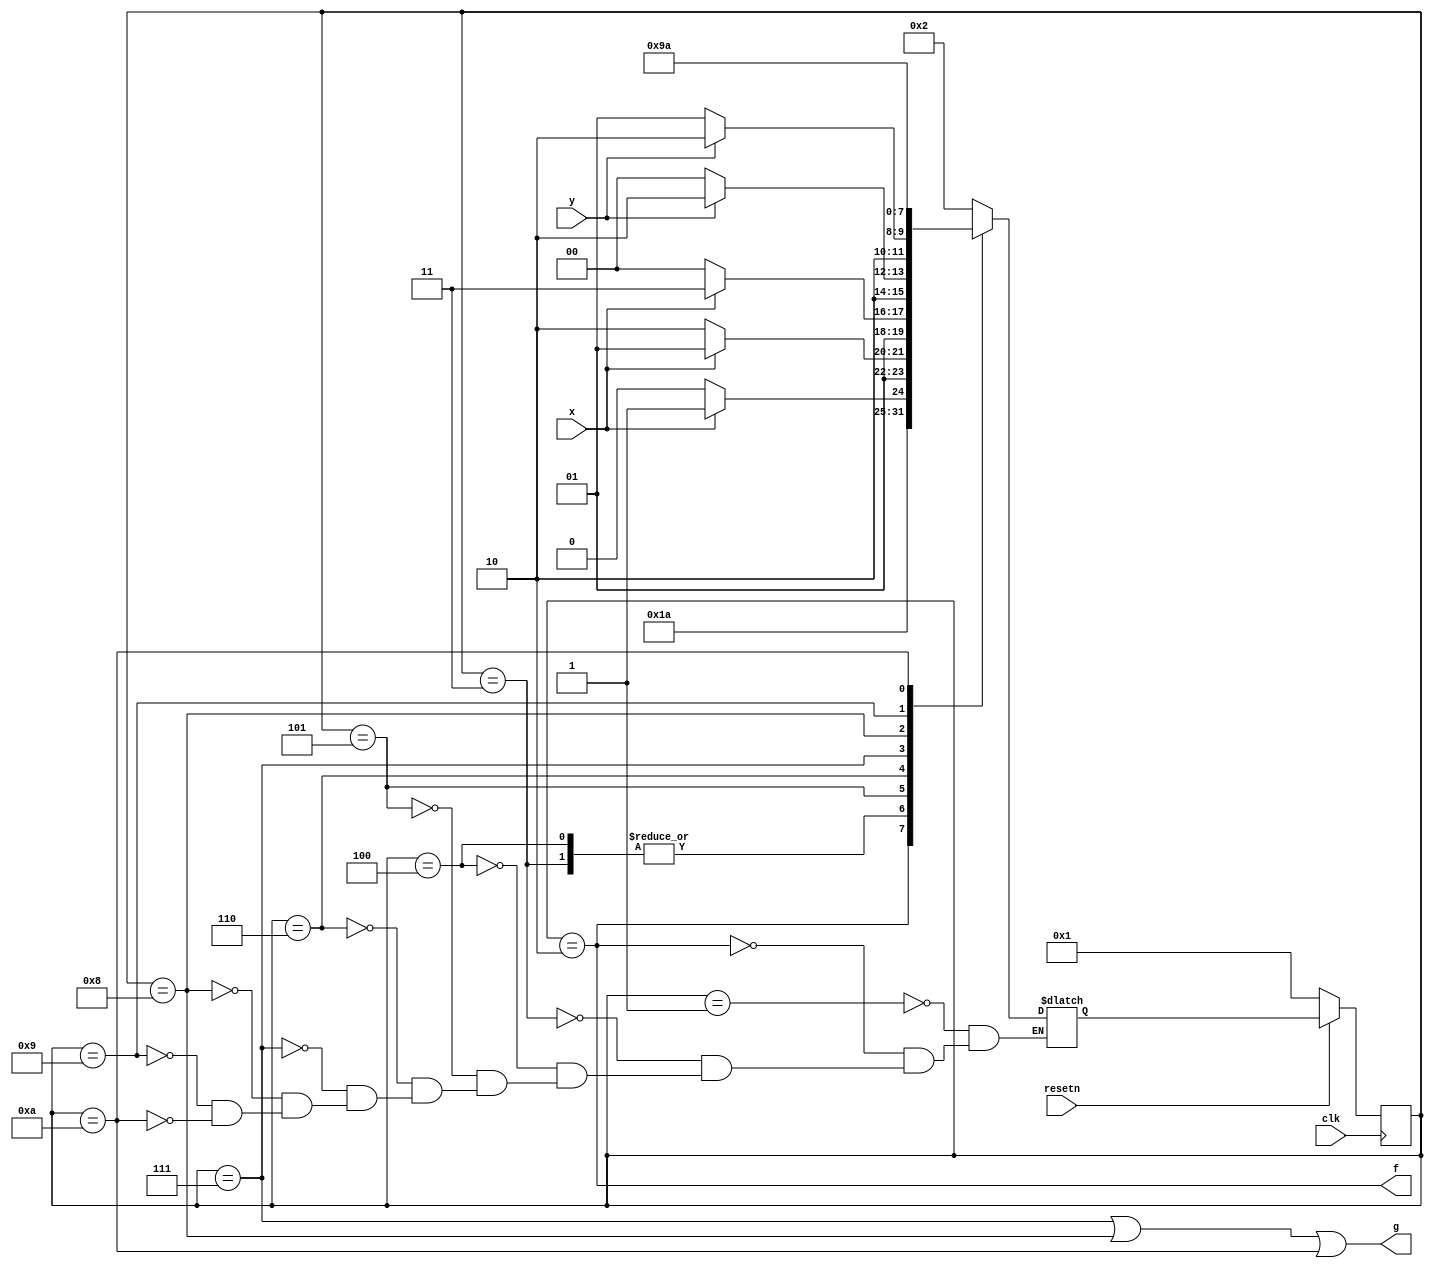
module top_module (
    input clk,
    input resetn,    // active-low synchronous reset
    input x,
    input y,
    output f,
    output g
); 
	parameter IDLE = 1, AFTRSt = 2, X_MNT = 3, X_0 = 4, X_1 = 5, X_10 = 6, X_101 = 7, Y_0 = 8, G_0 = 9, G_1 = 10;

	reg[3:0] state, next_state;
	
	always@(posedge clk)begin
		if(!resetn)
			state <= IDLE;
		else
			state <= next_state;
	end
	
	always@(*)begin
		case(state)
			IDLE : next_state = AFTRSt;
			AFTRSt : next_state = X_MNT;
			X_MNT : next_state = x ? X_1 : X_0;
			X_0 : next_state = x ? X_1 : X_0;
			X_1 : next_state = x ? X_1 : X_10;
			X_10 : next_state = x ? X_101 : X_0;
			X_101 : next_state = y ? G_1 : Y_0;
			Y_0 : next_state = y ? G_1 : G_0;
			G_0 : next_state = G_0;
			G_1 : next_state = G_1;
		endcase
	end
	
	assign f = state == AFTRSt;
	assign g = state == X_101 || state == Y_0 || state == G_1;
endmodule